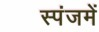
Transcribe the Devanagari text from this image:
स्पंजमें